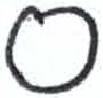
אות: ס